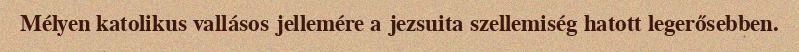
Mélyen katolikus vallásos jellemére a jezsuita szellemiség hatott legerősebben.